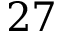
2 7